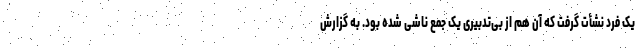
یک فرد نشأت گرفت که آن هم از بی‌تدبیری یک جمع ناشی شده بود. به گزارش